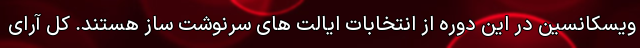
ویسکانسین در این دوره از انتخابات ایالت های سرنوشت ساز هستند. کل آرای